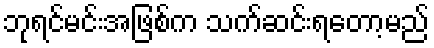
ဘုရင်မင်းအဖြစ်က သက်ဆင်းရတော့မည်